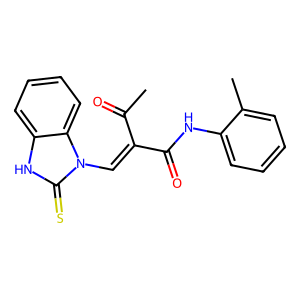
SMILES: CC(=O)C(=Cn1c(=S)[nH]c2ccccc21)C(=O)Nc1ccccc1C
Inhibits HIV replication: No